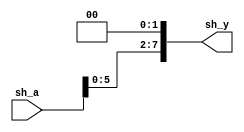
/********************/
/* shifter32_8_l2.v */
/********************/

//             +----+
// sh_a[31:0]->|    |->sh_y[7:0]
//             +----+

module shifter32_8_l2 (sh_a, sh_y);  // 
  input  [31:0]  sh_a;          //  32-bit
  output  [7:0]  sh_y;          //   8-bit

  //Body
  //2-bit 
  assign sh_y = {sh_a[5:0], 2'b00};
endmodule